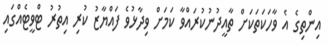
އިންތިގެ އެ ވާހަކަތަކަށް ތާއީދުނުކުރައްވާ ކަމަށް ވިދާޅުވެ ފައްޔާޒު ކުރި އިތުރު ޓްވީޓެއްގައި